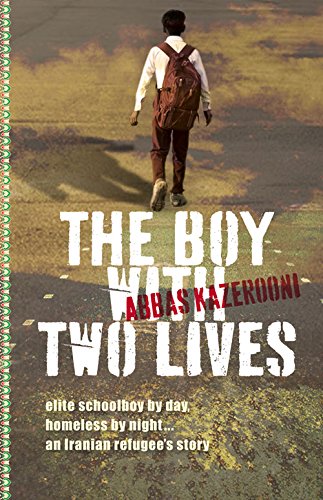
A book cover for The Boy with Two Lives; Abbas Kazerooni; Teen & Young Adult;